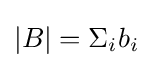
|B|=\Sigma _{i}b_{i}